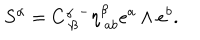
LaTeX: S ^ { \alpha } = C _ { \ \beta } ^ { \alpha } { } ^ { - } \eta _ { \ a b } ^ { \beta } e ^ { a } \wedge e ^ { b } . \label M